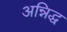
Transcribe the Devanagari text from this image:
अन्निद्ध